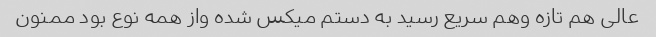
عالی هم تازه وهم سریع رسید به دستم میکس شده واز همه نوع بود ممنون